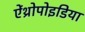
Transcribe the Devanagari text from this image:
ऐंथ्रोपोइडिया